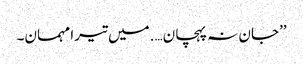
’’جان نہ پہچان….میں تیرا مہمان۔